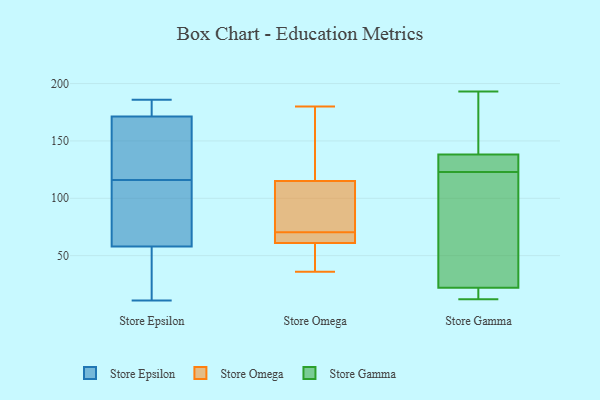
{"axis": {"x": "Latency (ms)", "y": "Value"}, "legend": ["Store Epsilon", "Store Gamma", "Store Omega"], "data": [{"x": "", "y": 172, "type": "Store Epsilon"}, {"x": "", "y": 19, "type": "Store Epsilon"}, {"x": "", "y": 171, "type": "Store Epsilon"}, {"x": "", "y": 122, "type": "Store Epsilon"}, {"x": "", "y": 163, "type": "Store Epsilon"}, {"x": "", "y": 46, "type": "Store Epsilon"}, {"x": "", "y": 175, "type": "Store Epsilon"}, {"x": "", "y": 116, "type": "Store Epsilon"}, {"x": "", "y": 62, "type": "Store Epsilon"}, {"x": "", "y": 69, "type": "Store Epsilon"}, {"x": "", "y": 112, "type": "Store Epsilon"}, {"x": "", "y": 11, "type": "Store Epsilon"}, {"x": "", "y": 186, "type": "Store Epsilon"}, {"x": "", "y": 115, "type": "Store Omega"}, {"x": "", "y": 61, "type": "Store Omega"}, {"x": "", "y": 40, "type": "Store Omega"}, {"x": "", "y": 68, "type": "Store Omega"}, {"x": "", "y": 36, "type": "Store Omega"}, {"x": "", "y": 157, "type": "Store Omega"}, {"x": "", "y": 101, "type": "Store Omega"}, {"x": "", "y": 69, "type": "Store Omega"}, {"x": "", "y": 72, "type": "Store Omega"}, {"x": "", "y": 46, "type": "Store Omega"}, {"x": "", "y": 77, "type": "Store Omega"}, {"x": "", "y": 68, "type": "Store Omega"}, {"x": "", "y": 163, "type": "Store Omega"}, {"x": "", "y": 180, "type": "Store Omega"}, {"x": "", "y": 154, "type": "Store Gamma"}, {"x": "", "y": 129, "type": "Store Gamma"}, {"x": "", "y": 41, "type": "Store Gamma"}, {"x": "", "y": 15, "type": "Store Gamma"}, {"x": "", "y": 136, "type": "Store Gamma"}, {"x": "", "y": 193, "type": "Store Gamma"}, {"x": "", "y": 139, "type": "Store Gamma"}, {"x": "", "y": 123, "type": "Store Gamma"}, {"x": "", "y": 21, "type": "Store Gamma"}, {"x": "", "y": 25, "type": "Store Gamma"}, {"x": "", "y": 12, "type": "Store Gamma"}]}